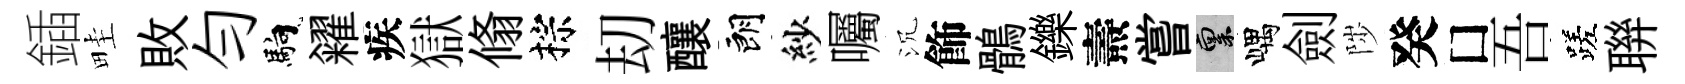
鍤畦敗勻馿糴疾獄翛棕刧釀朗紗囑沉飾鶻鑠燾嘗禀嵎劍陟癸□吾蹉聨